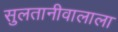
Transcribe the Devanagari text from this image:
सुलतानीवालाला